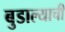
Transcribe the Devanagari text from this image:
बुडाल्याची